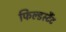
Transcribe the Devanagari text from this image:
फिल्डर्स्टैट